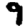
Digit: 9